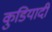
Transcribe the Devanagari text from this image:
कुडियादी